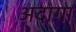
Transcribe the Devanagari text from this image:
अदागा